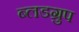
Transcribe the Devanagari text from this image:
ब्लडग्रुप